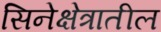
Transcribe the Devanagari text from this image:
सिनेक्षेत्रातील